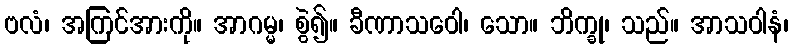
ဗလံ၊ အကြင်အားကို။ အာဂမ္မ၊ စွဲ၍။ ခီဏာသဝေါ၊ သော။ ဘိက္ခု၊ သည်။ အာသဝါနံ၊